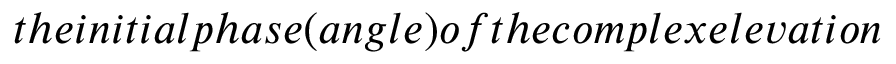
t h e i n i t i a l p h a s e ( a n g l e ) o f t h e c o m p l e x e l e v a t i o n